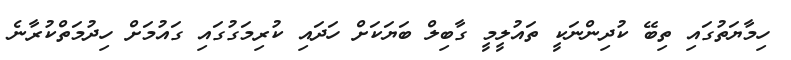
ހިމާޔަތުގައި ތިބޭ ކުދިންނަކީ ތައުލީމީ ގާބިލް ބަޔަކަށް ހަދައި ކުރިމަގުގައި ގައުމަށް ހިދުމަތްކުރާނެ